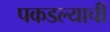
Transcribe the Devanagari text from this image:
पकडल्याची